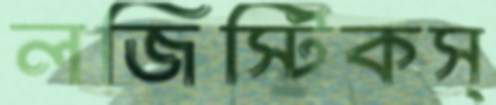
লজিস্টিকস্